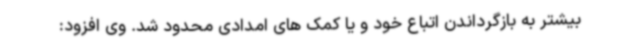
بیشتر به بازگرداندن اتباع خود و یا کمک های امدادی محدود شد. وی افزود: